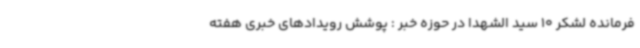
فرمانده لشکر 10 سید الشهدا در حوزه خبر : پوشش رویدادهای خبری هفته